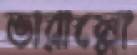
ভারাল্লো